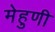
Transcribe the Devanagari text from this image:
मेहुणी